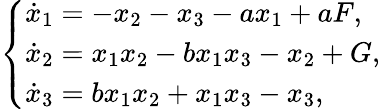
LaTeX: \left\{ \begin{array}{ll}{\dot{x}_{1}=-x_{2}-x_{3}-ax_{1}+aF,}\\ {\dot{x}_{2}=x_{1}x_{2}-bx_{1}x_{3}-x_{2}+G,}\\ {\dot{x}_{3}=bx_{1}x_{2}+x_{1}x_{3}-x_{3},}\end{array}\right.